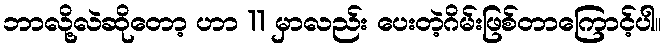
ဘာလို့လဲဆိုတော့ ဟာ 11 မှာလည်း ပေးတဲ့ဂိမ်းဖြစ်တာကြောင့်ပါ။